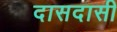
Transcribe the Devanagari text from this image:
दासदासी